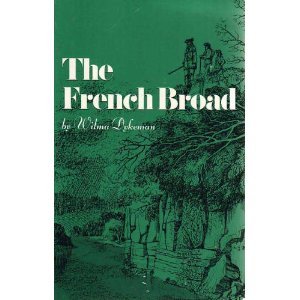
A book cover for The French Broad; Wilma Dykeman; Travel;